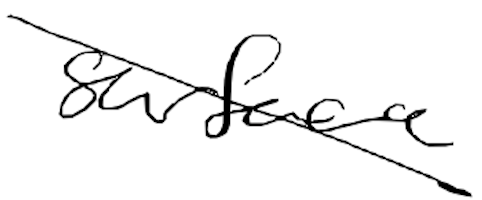
Text: surface
Cross-out: diagonal
Writing tool: digital_black